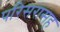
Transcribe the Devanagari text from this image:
परिसरासह